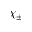
\chi _ { \pm }